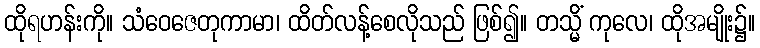
ထိုရဟန်းကို။ သံဝေဇေတုကာမာ၊ ထိတ်လန့်စေလိုသည် ဖြစ်၍။ တသ္မိံ ကုလေ၊ ထိုအမျိုး၌။